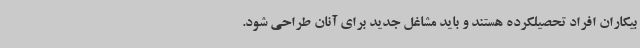
بیکاران افراد تحصیلکرده هستند و باید مشاغل جدید برای آنان طراحی شود.